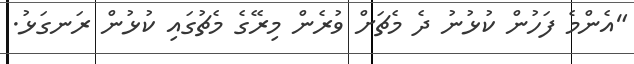
"އެންމެ ފަހުން ކުޅުނު ދެ މެޗަށް ވުރެން މިރޭގެ މެޗުގައި ކުޅުން ރަނގަޅު.